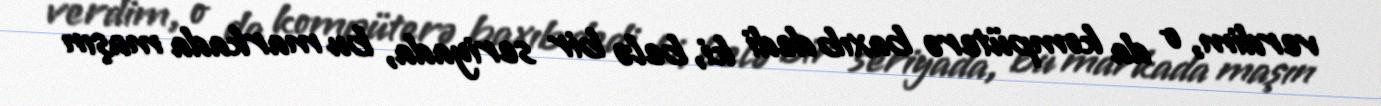
verdim, o da kompüterə baxıb dedi ki, belə bir seriyada, bu markada maşın